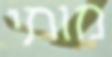
מותי